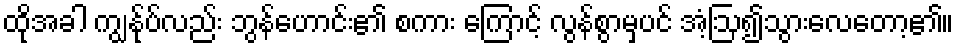
ထိုအခါ ကျွန်ုပ်လည်း ဘွန်ဟောင်း၏ စကား ကြောင့် လွန်စွာမှပင် အံ့ဩ၍သွားလေတော့၏။